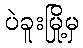
ပဲခူးမြို့မှ